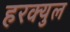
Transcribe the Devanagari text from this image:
हरक्युल